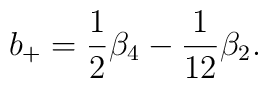
b_+=\frac12\beta_4 - \frac1{12}\beta_2.